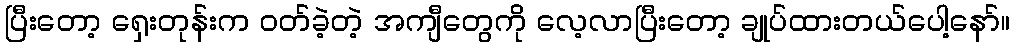
ပြီးတော့ ရှေးတုန်းက ဝတ်ခဲ့တဲ့ အကျီတွေကို လေ့လာပြီးတော့ ချုပ်ထားတယ်ပေါ့နော်။